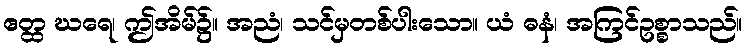
ဧတ္ထ ဃရေ၊ ဤအိမ်၌။ အညံ၊ သင်မှတစ်ပါးသော။ ယံ ဓနံ၊ အကြင်ဥစ္စာသည်။